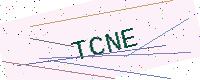
Text: TCNE